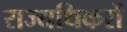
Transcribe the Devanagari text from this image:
राज्यधिकरों